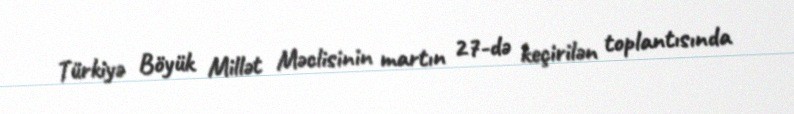
Türkiyə Böyük Millət Məclisinin martın 27-də keçirilən toplantısında